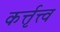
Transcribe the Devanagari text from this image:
कर्त्तृत्त्व